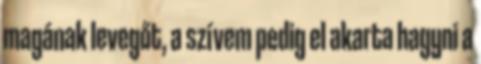
magának levegőt, a szívem pedig el akarta hagyni a